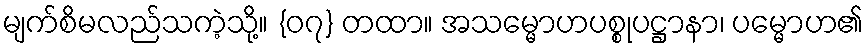
မျက်စိမလည်သကဲ့သို့။ {၀၇} တထာ။ အသမ္မောဟပစ္စုပဋ္ဌာနာ၊ ပမ္မောဟ၏